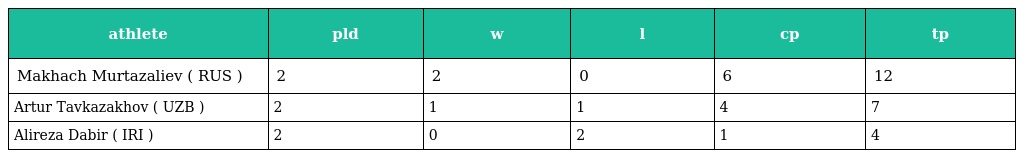
| athlete | pld | w | l | cp | tp |
 | --- | --- | --- | --- | --- | --- |
 | Makhach Murtazaliev ( RUS ) | 2 | 2 | 0 | 6 | 12 |
 | Artur Tavkazakhov ( UZB ) | 2 | 1 | 1 | 4 | 7 |
 | Alireza Dabir ( IRI ) | 2 | 0 | 2 | 1 | 4 |